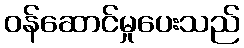
ဝန်ဆောင်မှုပေးသည်